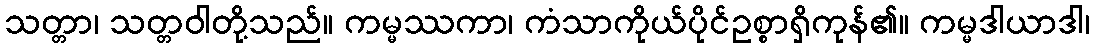
သတ္တာ၊ သတ္တဝါတို့သည်။ ကမ္မဿကာ၊ ကံသာကိုယ်ပိုင်ဥစ္စာရှိကုန်၏။ ကမ္မဒါယာဒါ၊